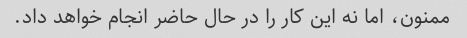
ممنون، اما نه این کار را در حال حاضر انجام خواهد داد.